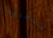
أستعدوا